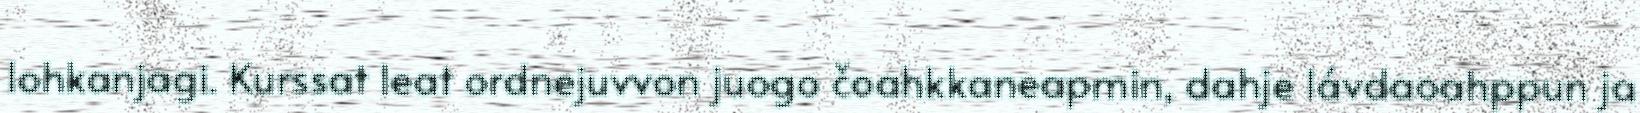
lohkanjagi. Kurssat leat ordnejuvvon juogo čoahkkaneapmin, dahje lávdaoahppun ja